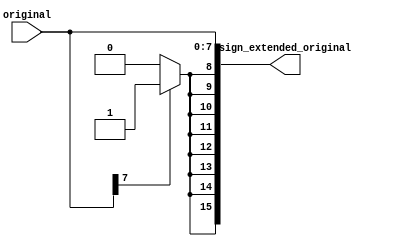
// Copyright 2018 Schuyler Eldridge
//
// Licensed under the Apache License, Version 2.0 (the "License");
// you may not use this file except in compliance with the License.
// You may obtain a copy of the License at
//
//     http://www.apache.org/licenses/LICENSE-2.0
//
// Unless required by applicable law or agreed to in writing, software
// distributed under the License is distributed on an "AS IS" BASIS,
// WITHOUT WARRANTIES OR CONDITIONS OF ANY KIND, either express or implied.
// See the License for the specific language governing permissions and
// limitations under the License.

// Generic sign extension module

`timescale 1ns/1ps
module sign_extender
  #(
    parameter
    INPUT_WIDTH = 8,
    OUTPUT_WIDTH = 16
    )
  (
   input [INPUT_WIDTH-1:0] original,
   output reg [OUTPUT_WIDTH-1:0] sign_extended_original
   );

  wire [OUTPUT_WIDTH-INPUT_WIDTH-1:0] sign_extend;

  generate
    genvar                           i;
    for (i = 0; i < OUTPUT_WIDTH-INPUT_WIDTH; i = i + 1) begin : gen_sign_extend
      assign sign_extend[i]  = (original[INPUT_WIDTH-1]) ? 1'b1 : 1'b0;
    end
  endgenerate

  always @ * begin
    sign_extended_original  = {sign_extend,original};
  end

endmodule